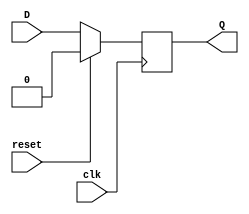
`timescale 1ns / 1ps

module D_FF(D,clk,reset,Q);
  
input  D,clk,reset;
output reg  Q;


always@(posedge clk)
begin 
if(reset)
Q<=1'b0;
else
Q<=D;
end 
endmodule